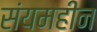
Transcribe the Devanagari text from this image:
संयमहीन